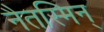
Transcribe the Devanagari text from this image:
नैतस्मिन्